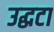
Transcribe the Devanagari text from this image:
उद्धटा